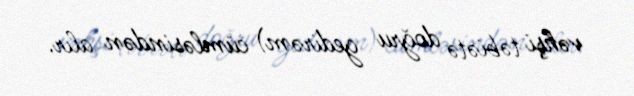
vəhşi təbiətə doğru gedirəm) cümləsindən alır.